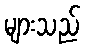
များသည်